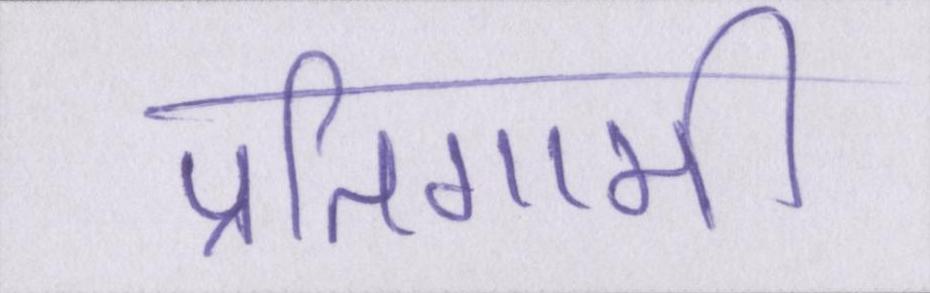
प्रतिगामी